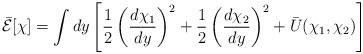
LaTeX: \begin{align*}\bar{{\cal E}}[\chi]=\int dy \left[ \frac{1}{2} \left(\frac{d\chi_1}{d y}\right)^2 + \frac{1}{2} \left(\frac{d \chi_2}{dy}\right)^2 + \bar{U}(\chi_1,\chi_2) \right] \end{align*}